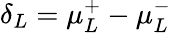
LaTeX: \delta_{L}=\mu_{L}^{+}-\mu_{L}^{-}